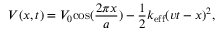
V ( x , t ) = V _ { 0 } \mathrm { c o s } ( \frac { 2 \pi { x } } { a } ) - \frac { 1 } { 2 } k _ { \mathrm { e f f } } ( v t - x ) ^ { 2 } ,